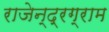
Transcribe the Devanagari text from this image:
राजेन्द्रग्राम